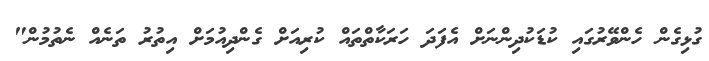
ގުޅިގެން ހެންވޭރުގައި ކުޑަކުދިންނަށް އެފަދަ ހަރަކާތްތައް ކުރިއަށް ގެންދިއުމަށް އިތުރު ތަނެއް ނެތުމުން"